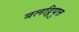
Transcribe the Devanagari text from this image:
बलट्ठिपुत्त